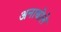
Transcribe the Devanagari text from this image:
अनाबोले